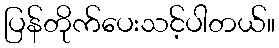
ပြန်တိုက်ပေးသင့်ပါတယ်။